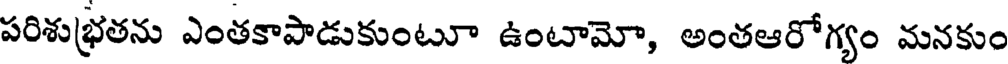
పరిశుభ్రతను ఎంతకాపాడుకుంటూ ఉంటామో, అంతఆరోగ్యం మనకుం